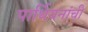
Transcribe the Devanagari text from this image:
पार्थियनांची